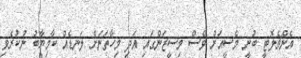
އެންޗެލޮޓީ ބުނީ މެސީއަށް ވެސް މިސީޒަންގައި އަދި މިހާތަނަށް ލަނޑެއް ކާމިޔާބު ނުކުރެވި